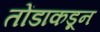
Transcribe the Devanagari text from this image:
तोंडाकडून